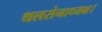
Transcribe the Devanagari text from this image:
थलसेनाध्यक्ष।